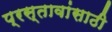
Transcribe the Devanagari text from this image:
प्रस्तावांसाठी